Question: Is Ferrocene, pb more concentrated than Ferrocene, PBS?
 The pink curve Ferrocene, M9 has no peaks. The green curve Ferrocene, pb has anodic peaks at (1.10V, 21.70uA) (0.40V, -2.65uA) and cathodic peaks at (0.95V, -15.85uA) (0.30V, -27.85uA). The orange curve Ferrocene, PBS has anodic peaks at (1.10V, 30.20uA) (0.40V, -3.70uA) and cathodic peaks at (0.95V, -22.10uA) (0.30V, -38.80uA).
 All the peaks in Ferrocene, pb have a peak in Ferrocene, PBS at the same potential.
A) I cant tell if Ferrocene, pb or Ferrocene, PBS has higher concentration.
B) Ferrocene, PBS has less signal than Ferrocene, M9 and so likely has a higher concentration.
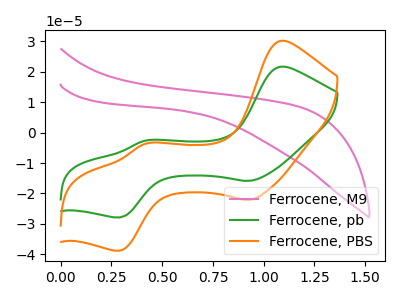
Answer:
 <answer>A) I cant tell if "Ferrocene, pb" or "Ferrocene, PBS" has higher concentration.</answer>
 <eval>A</eval>